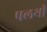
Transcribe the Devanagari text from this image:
पलथी